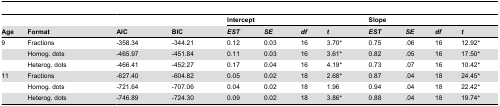
<table><thead><tr><td></td><td></td><td></td><td></td><td colspan="4"><b>Intercept</b></td><td colspan="4"><b>Slope</b></td></tr><tr><td><b>Age</b></td><td><b>Format</b></td><td><b>AIC</b></td><td><b>BIC</b></td><td><b><i>EST</i></b></td><td><b><i>SE</i></b></td><td><b><i>df</i></b></td><td><b><i>t</i></b></td><td><b><i>EST</i></b></td><td><b><i>SE</i></b></td><td><b><i>df</i></b></td><td><b><i>t</i></b></td></tr></thead><tbody><tr><td>9</td><td>Fractions</td><td>-358.34</td><td>-344.21</td><td>0.12</td><td>0.03</td><td>16</td><td>3.70*</td><td>0.75</td><td>.06</td><td>16</td><td>12.92*</td></tr><tr><td></td><td>Homog. dots</td><td>-465.97</td><td>-451.84</td><td>0.11</td><td>0.03</td><td>16</td><td>3.61*</td><td>0.82</td><td>.05</td><td>16</td><td>17.50*</td></tr><tr><td></td><td>Heterog. dots</td><td>-466.41</td><td>-452.27</td><td>0.17</td><td>0.04</td><td>16</td><td>4.19*</td><td>0.73</td><td>.07</td><td>16</td><td>10.42*</td></tr><tr><td>11</td><td>Fractions</td><td>-627.40</td><td>-604.82</td><td>0.05</td><td>0.02</td><td>18</td><td>2.68*</td><td>0.87</td><td>.04</td><td>18</td><td>24.45*</td></tr><tr><td></td><td>Homog. dots</td><td>-721.64</td><td>-707.06</td><td>0.04</td><td>0.02</td><td>18</td><td>1.96</td><td>0.94</td><td>.04</td><td>18</td><td>22.42*</td></tr><tr><td></td><td>Heterog. dots</td><td>-746.89</td><td>-724.30</td><td>0.09</td><td>0.02</td><td>18</td><td>3.86*</td><td>0.88</td><td>.04</td><td>18</td><td>19.74*</td></tr></tbody></table>